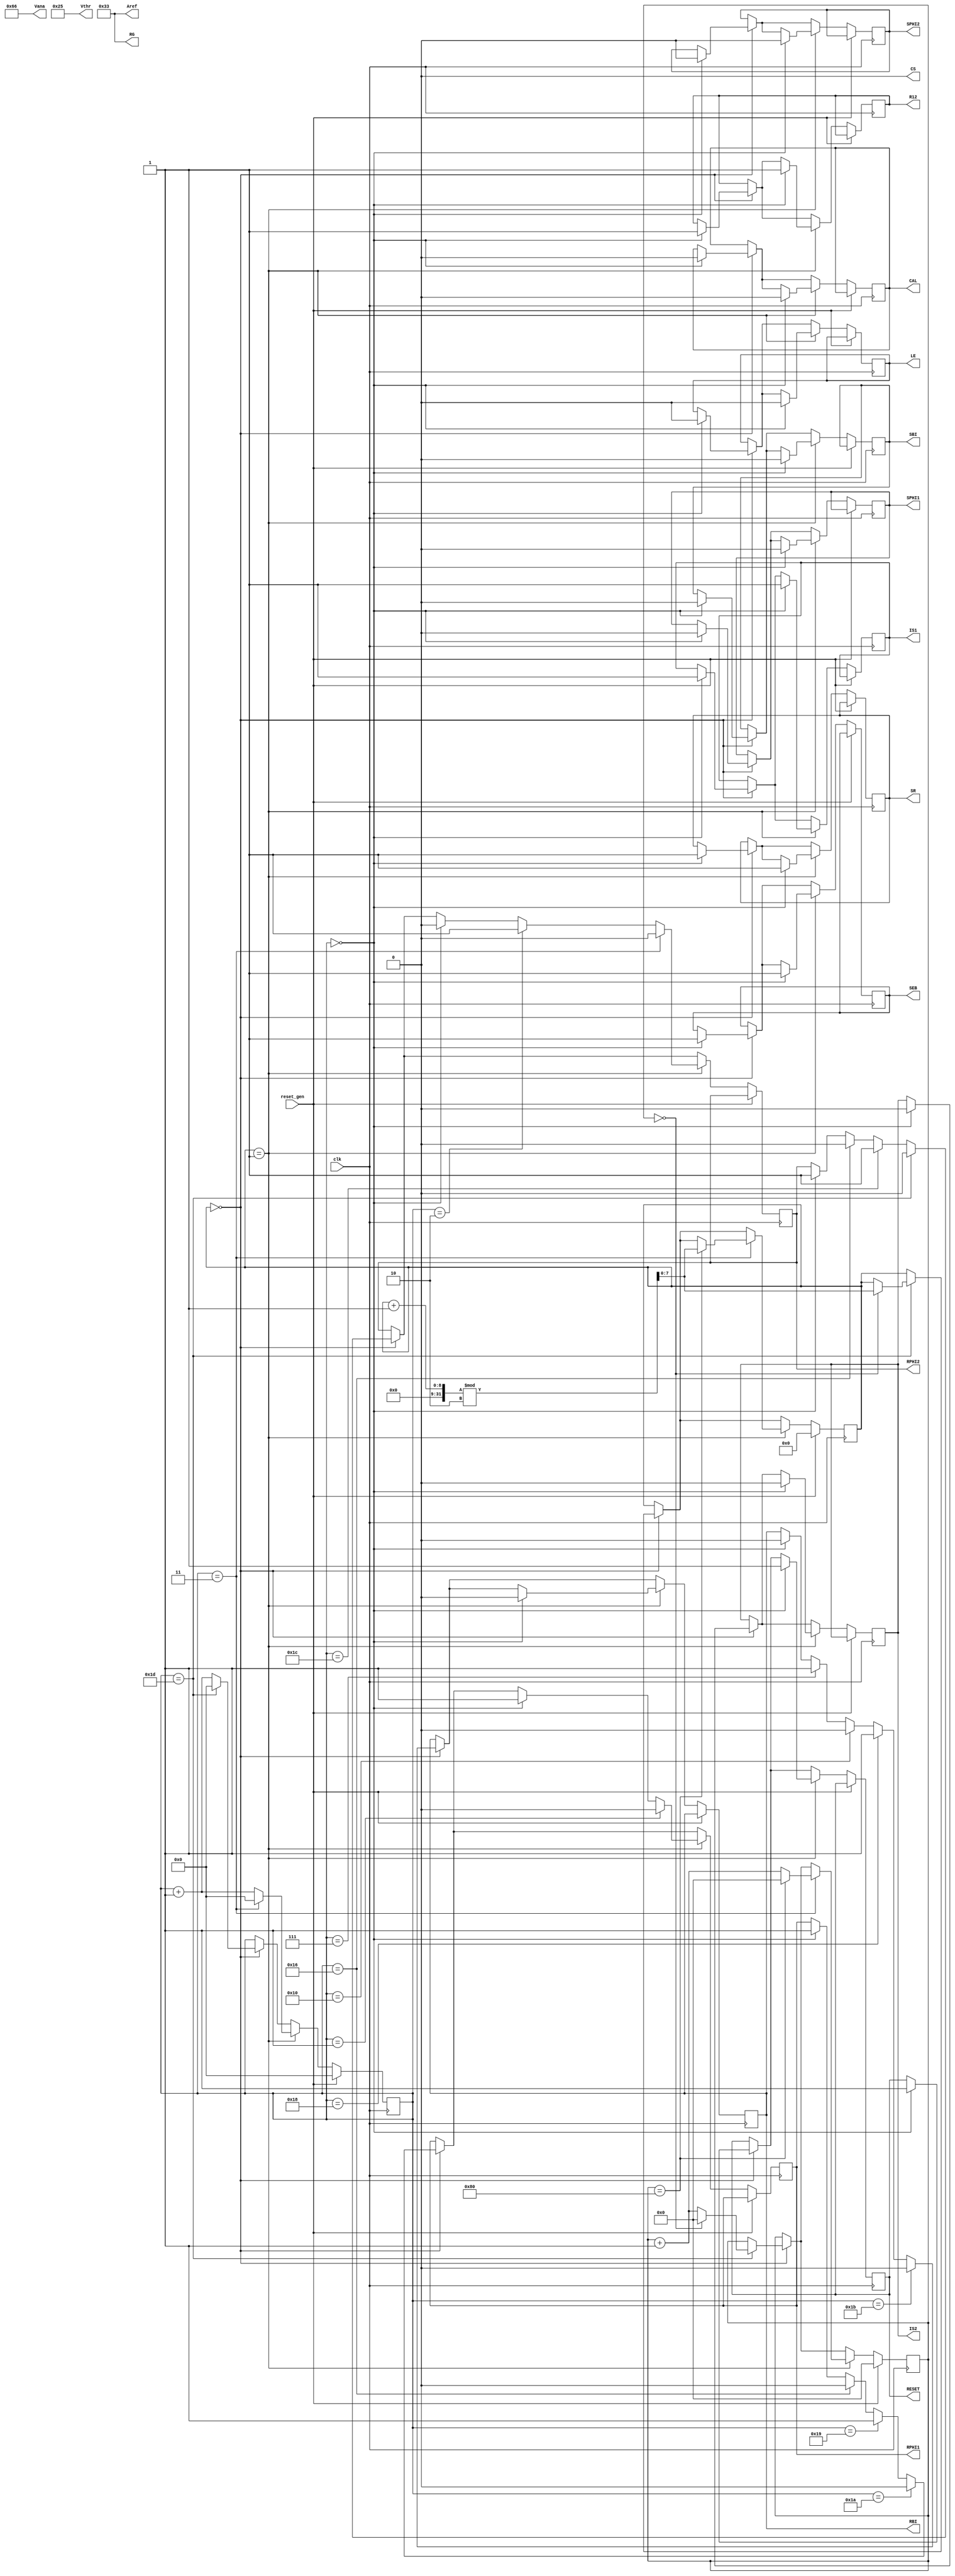
module rbo_test
(
  input clk,
  output reg CAL,
  output CS,
  output reg IS1,
  output reg IS2,
  output reg LE,
  output reg R12,
  output reg RBI,
  output reg RESET,
  output reg RPHI1,
  output reg RPHI2,
  output reg SBI,
  output reg SEB,
  output reg SPHI1,
  output reg SPHI2,
  output reg SR,
  output [15:0]Aref,
  output [15:0]RG,
  output [15:0]Vana,
  output [15:0]Vthr,
  input reset_gen
);

reg [31:0]counter;
reg [7:0]stage;
reg [15:0]stage_iter;
assign CS=0;
assign Vthr=16'H0025;
assign Aref=16'H0033;
assign Vana=16'H0066;
assign RG=16'H0033;
always @(posedge clk) begin
  if(reset_gen == 1) begin
    counter <= 0;
    stage <= 0;
    stage_iter <= 0;
  end
  else begin
    if(stage == 0) begin
      if(counter == 0) begin
        CAL <= 0;
        SBI <= 0;
        SPHI1 <= 0;
        SPHI2 <= 0;
        SEB <= 1;
        IS1 <= 1;
        IS2 <= 0;
        SR <= 1;
        RESET <= 1;
        R12 <= 1;
        RBI <= 0;
        RPHI1 <= 1;
        RPHI2 <= 1;
        LE <= 0;
      end
      if(counter == 7) begin
        RBI <= 1;
      end
      if(counter == 16) begin
        RBI <= 0;
      end
      if(counter == 22) begin
        RPHI1 <= 0;
        RPHI2 <= 0;
      end
      if(counter == 24) begin
        RBI <= 1;
      end
      if(counter == 25) begin
        RPHI1 <= 1;
      end
      if(counter == 26) begin
        RPHI1 <= 0;
      end
      if(counter == 27) begin
        RBI <= 0;
      end
      if(counter == 28) begin
        RPHI2 <= 1;
      end
      if(counter == 29) begin
        RPHI2 <= 0;
      end
      if(counter == 29) begin
        if(stage_iter == 0) begin
          stage <= (stage + 1) % 2;
          stage_iter <= 0;
        end
        else begin
          stage_iter <= stage_iter + 1;
        end
        counter <= 0;
      end
      else begin
        counter <= counter + 1;
      end
    end
    if(stage == 1) begin
      if(counter == 0) begin
        CAL <= 0;
        SBI <= 0;
        SPHI1 <= 0;
        SPHI2 <= 0;
        SEB <= 1;
        IS1 <= 1;
        IS2 <= 0;
        SR <= 1;
        RESET <= 1;
        R12 <= 1;
        RBI <= 0;
        RPHI1 <= 1;
        RPHI2 <= 0;
        LE <= 0;
      end
      if(counter == 1) begin
        RPHI1 <= 0;
      end
      if(counter == 2) begin
        RPHI2 <= 1;
      end
      if(counter == 3) begin
        RPHI2 <= 0;
      end
      if(counter == 3) begin
        if(stage_iter == 128) begin
          stage <= (stage + 1) % 2;
          stage_iter <= 0;
        end
        else begin
          stage_iter <= stage_iter + 1;
        end
        counter <= 0;
      end
      else begin
        counter <= counter + 1;
      end
    end
  end
end
endmodule